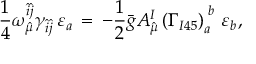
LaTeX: \frac { 1 } { 4 } \omega _ { \hat { \mu } } ^ { \hat { i } \hat { j } } \gamma _ { \hat { i } \hat { j } } \, \varepsilon _ { a } \, = \, - \frac { 1 } { 2 } \bar { g } A _ { \hat { \mu } } ^ { I } \left( \Gamma _ { I 4 5 } \right) _ { a } ^ { \; b } \, \varepsilon _ { b } ,